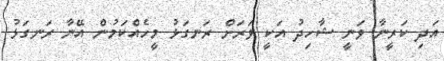
އަދި ކަރީނާ ވަނީ ޝާހިދު އަކީ ވަރަށް ރަނގަޅު މީހެއްކަމުން އޭނާ ރަނގަޅު